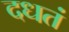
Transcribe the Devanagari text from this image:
दधतं